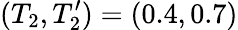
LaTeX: (T_{2},T_{2}^{\prime})=(0.4,0.7)